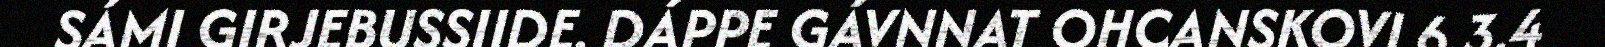
SÁMI GIRJEBUSSIIDE. DÁPPE GÁVNNAT OHCANSKOVI 6.3.4